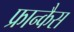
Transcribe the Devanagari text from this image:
फ्रान्कैस